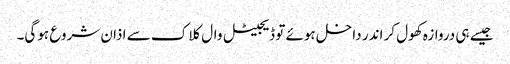
جیسے ہی دروازہ کھول کر اندر داخل ہوئے تو ڈیجیٹل وال کلاک سے اذان شروع ہوگی۔